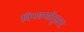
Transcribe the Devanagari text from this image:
विनवणीनुसार